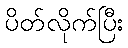
ပိတ်လိုက်ပြီး